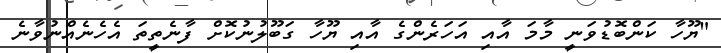
"ޔޫހާ ކަންބޮޑުވަނީ މާމަ އާއި އަހަރެންގެ އާއި ޔޫހާ ގަބޫލުނުކޮށް ފާނެތީތަ އެހެނެއްނުވާނެ